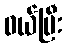
ဝယ်ပြီး